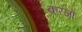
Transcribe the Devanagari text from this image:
करजों